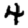
Digit: 4